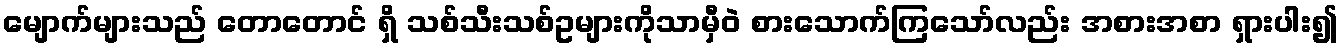
မျောက်များသည် တောတောင် ရှိ သစ်သီးသစ်ဥများကိုသာမှီဝဲ စားသောက်ကြသော်လည်း အစားအစာ ရှားပါး၍